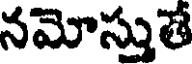
నమోస్తుతే